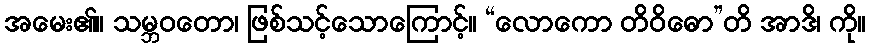
အမေး၏။ သမ္ဘဝတော၊ ဖြစ်သင့်သောကြောင့်။ “လောကော တိဝိဓော”တိ အာဒိ၊ ကို။